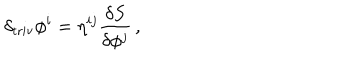
\delta _ { \mathrm { t r i v } } \phi ^ { i } = \eta ^ { i j } \frac { \delta S } { \delta \phi ^ { j } } \, ,